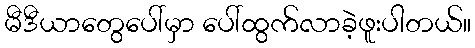
မီဒီယာတွေပေါ်မှာ ပေါ်ထွက်လာခဲ့ဖူးပါတယ်။